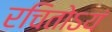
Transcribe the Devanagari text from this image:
रचितोऽयं